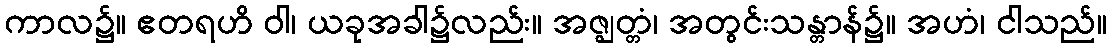
ကာလ၌။ ဧတရဟိ ဝါ၊ ယခုအခါ၌လည်း။ အဇ္ဈတ္တံ၊ အတွင်းသန္တာန်၌။ အဟံ၊ ငါသည်။